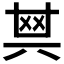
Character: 𠔝